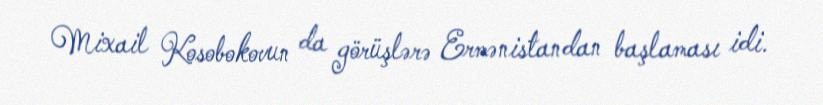
Mixail Kosobokovun da görüşlərə Ermənistandan başlaması idi.